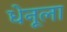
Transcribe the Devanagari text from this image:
धेनूला